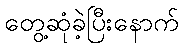
တွေ့ဆုံခဲ့ပြီးနောက်